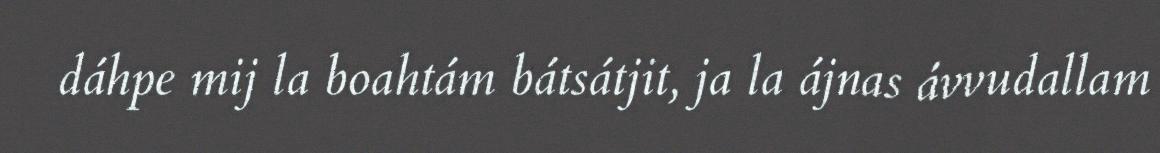
dáhpe mij la boahtám bátsátjit, ja la ájnas ávvudallam